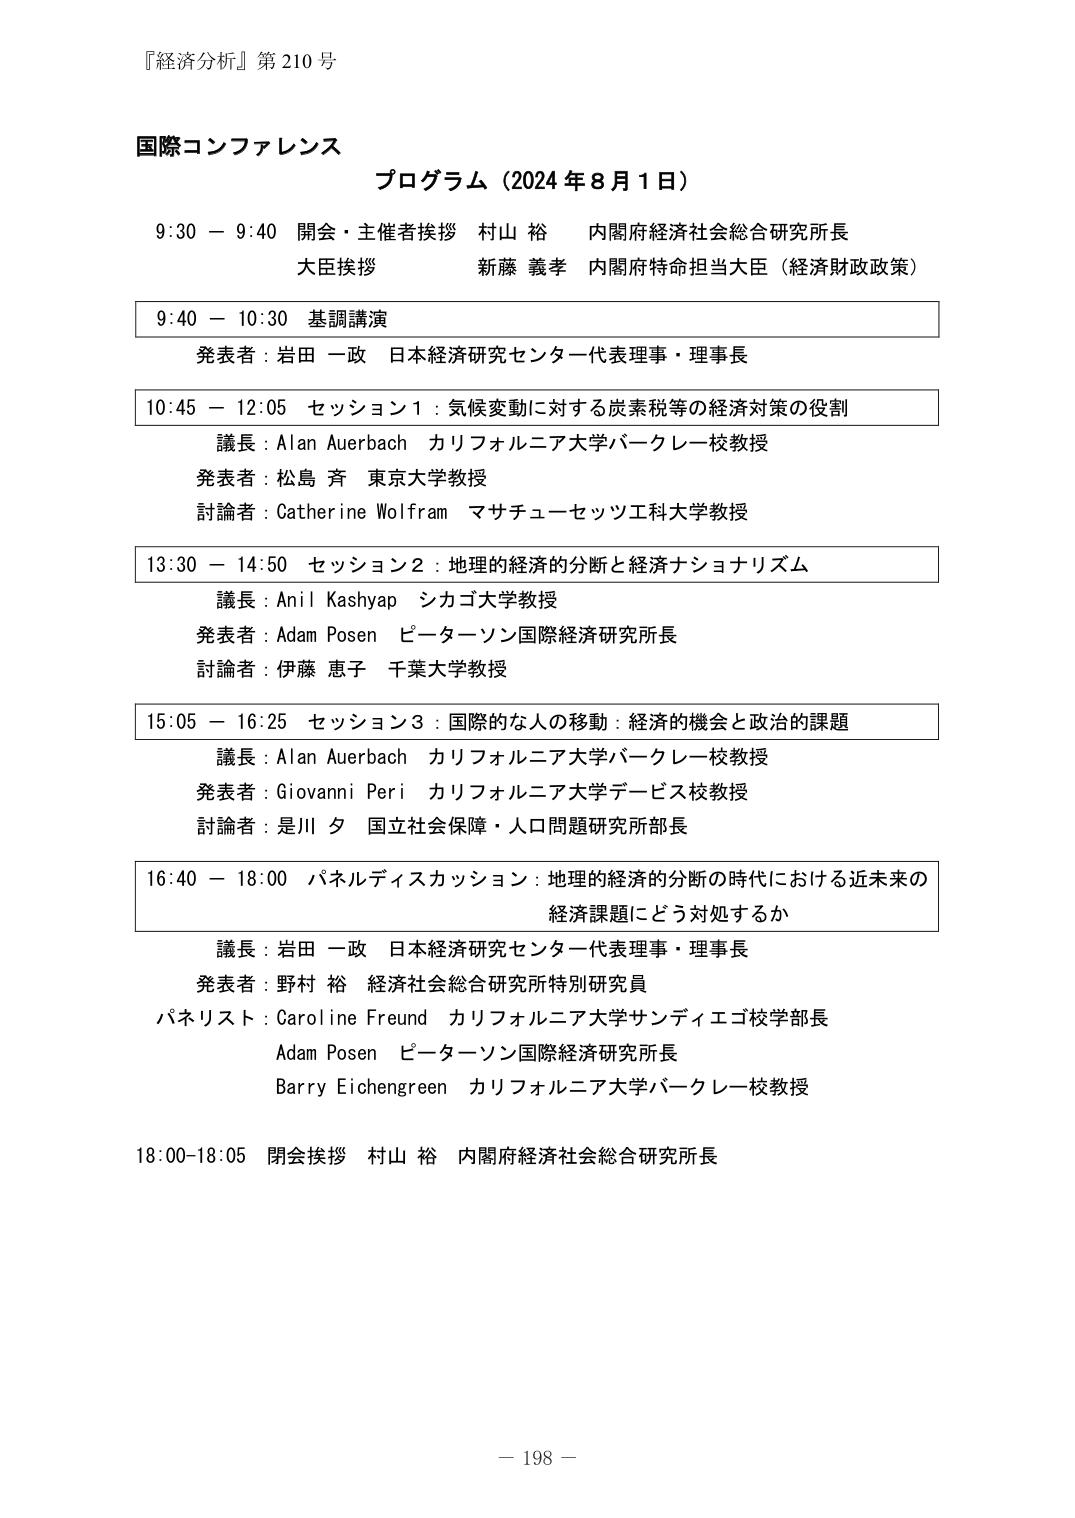
『経済分析』第210号

国際コンファレンス
プログラム（2024年8月1日）

9:30 － 9:40 開会・主催者挨拶 村山 裕 内閣府経済社会総合研究所長
大臣挨拶 新藤 義孝 内閣府特命担当大臣（経済財政政策）

9:40 － 10:30 基調講演
発表者：岩田 一政 日本経済研究センター代表理事・理事長

10:45 － 12:05 セッション1：気候変動に対する炭素税等の経済対策の役割
議長：Alan Auerbach カリフォルニア大学バークレー校教授
発表者：松島 斉 東京大学教授
討論者：Catherine Wolfram マサチューセッツ工科大学教授

13:30 － 14:50 セッション2：地理的経済的分断と経済ナショナリズム
議長：Anil Kashyap シカゴ大学教授
発表者：Adam Posen ピーターソン国際経済研究所長
討論者：伊藤 恵子 千葉大学教授

15:05 － 16:25 セッション3：国際的な人の移動：経済的機会と政治的課題
議長：Alan Auerbach カリフォルニア大学バークレー校教授
発表者：Giovanni Peri カリフォルニア大学デービス校教授
討論者：是川 夕 国立社会保障・人口問題研究所部長

16:40 － 18:00 パネルディスカッション：地理的経済的分断の時代における近未来の
経済課題にどう対処するか
議長：岩田 一政 日本経済研究センター代表理事・理事長
発表者：野村 裕 経済社会総合研究所特別研究員
パネリスト：Caroline Freund カリフォルニア大学サンディエゴ校学部長
Adam Posen ピーターソン国際経済研究所長
Barry Eichengreen カリフォルニア大学バークレー校教授

18:00-18:05 閉会挨拶 村山 裕 内閣府経済社会総合研究所長

－ 198 －